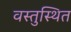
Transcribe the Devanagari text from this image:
वस्तुस्थित